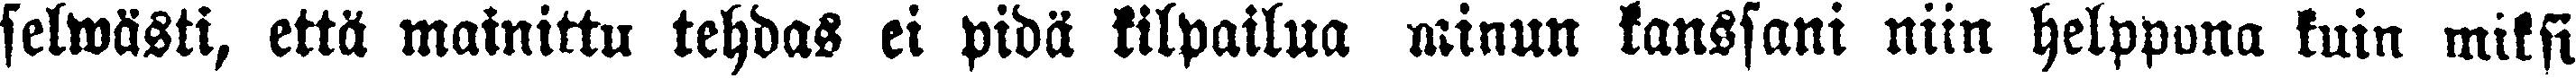
selwästi, että mainittu tehdas ei pidä kilpailua minun kanssani niin helppona kuin miksi